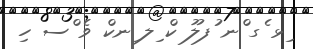
ިޅ ެގ ްނ ުފލޫ ކް ިލ ިނކް ވެ ްސ ހި